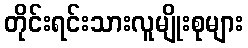
တိုင်းရင်းသားလူမျိုးစုများ